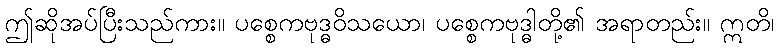
ဤဆိုအပ်ပြီးသည်ကား။ ပစ္စေကဗုဒ္ဓဝိသယော၊ ပစ္စေကဗုဒ္ဓါတို့၏ အရာတည်း။ ဣတိ၊